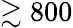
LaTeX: \gtrsim 800